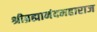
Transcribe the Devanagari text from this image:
श्रीब्रह्मानंदमहाराज